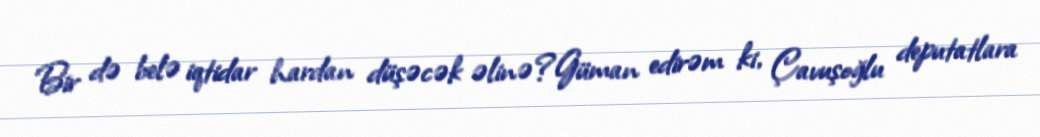
Bir də belə iqtidar hardan düşəcək əlinə?Güman edirəm ki, Çavuşoğlu deputatlara